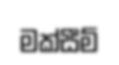
මක්සීම්